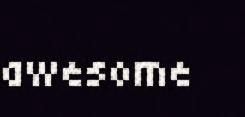
awesome